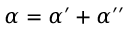
\alpha = \alpha ^ { \prime } + \alpha ^ { \prime \prime }